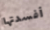
أفسدتها